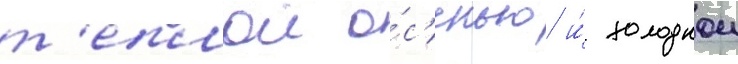
т'еплои о́с'енью и́ холоднои